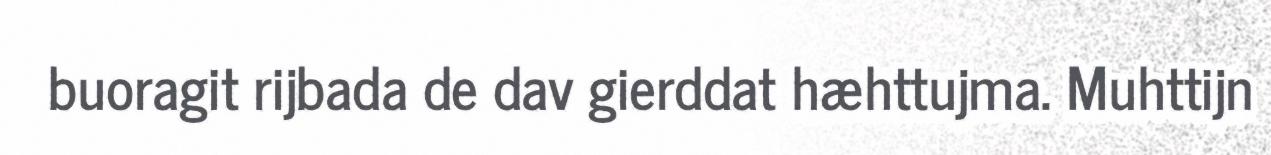
buoragit rijbada de dav gierddat hæhttujma. Muhttijn